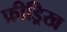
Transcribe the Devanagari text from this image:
फ्रीड्रिख